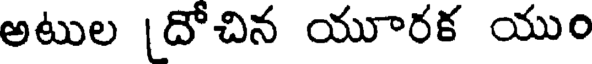
అటుల [దోచిన యూరక యుం